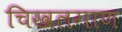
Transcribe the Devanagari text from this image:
चिखलगाण